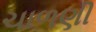
ચાળણી